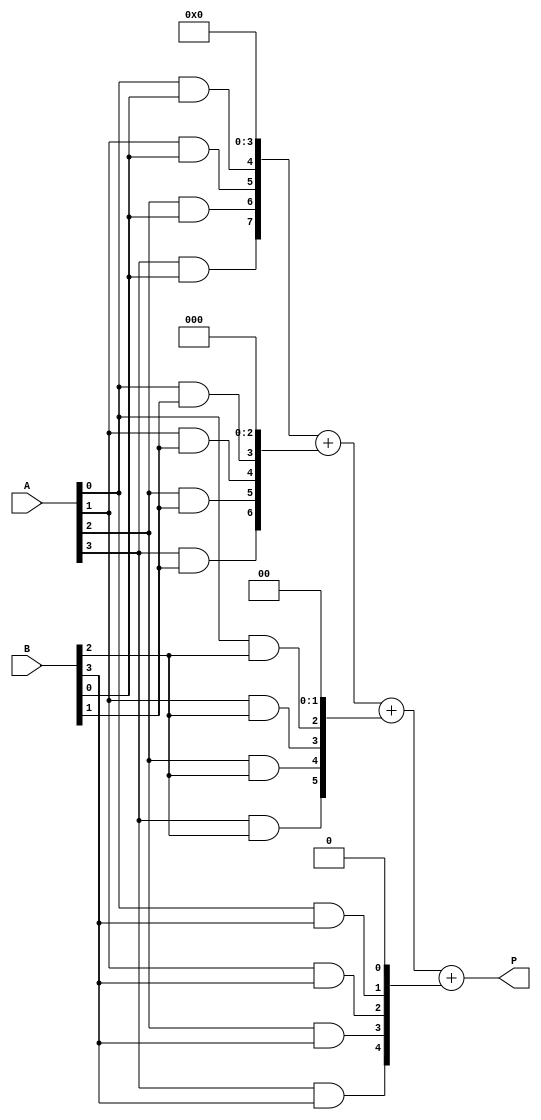
module vedic_multiplier #(parameter N = 4) (
    input [N-1:0] A,
    input [N-1:0] B,
    output [2*N-1:0] P
);
    wire [N-1:0] pp [0:N-1]; // Partial products

    // Generate partial products
    genvar i, j;
    generate
        for (i = 0; i < N; i = i + 1) begin : partial_product
            for (j = 0; j < N; j = j + 1) begin : and_gate
                assign pp[i][j] = A[j] & B[i]; // AND operation for partial product
            end
        end
    endgenerate

    // Adder for partial products
    wire [2*N-1:0] sum [0:N-1];

    // Initialize the first partial product
    assign sum[0] = {pp[0], {N{1'b0}}}; // Align first partial product

    // Sum the partial products
    generate
        for (i = 1; i < N; i = i + 1) begin : adder
            assign sum[i] = sum[i-1] + {pp[i], {N-i{1'b0}}}; // Shift and add
        end
    endgenerate

    // Final product
    assign P = sum[N-1];

endmodule